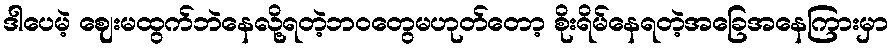
ဒါပေမဲ့ ဈေးမထွက်ဘဲနေလို့ရတဲ့ဘဝတွေမဟုတ်တော့ စိုးရိမ်နေရတဲ့အခြေအနေကြားမှာ